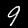
Digit: 9